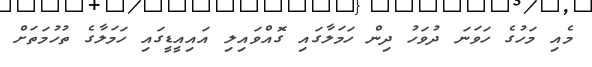
މެއި މަހުގެ ހަވަނަ ދުވަހު ދިން ހަމަލާގައި ގޮއްވައިލި އައިއީޑީގައި ހަމަލާގެ ތުހުމަތަށް